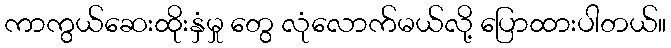
ကာကွယ်ဆေးထိုးနှံမှု တွေ လုံလောက်မယ်လို့ ပြောထားပါတယ်။